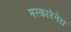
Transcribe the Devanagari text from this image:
मस्कारेनेस